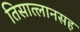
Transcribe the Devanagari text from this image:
तिसात्लानसह